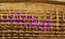
شخص